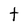
Character: t